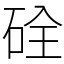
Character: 硂